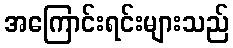
အကြောင်းရင်းများသည်